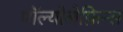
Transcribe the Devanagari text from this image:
पॉल्योलेफ़िन्स